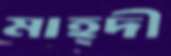
মাহ্দী